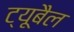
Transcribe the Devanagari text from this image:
ट्यूबैल